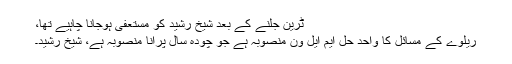
ٹرین جلنے کے بعد شیخ رشید کو مستعفی ہوجانا چاہیے تھا،
ریلوے کے مسائل کا واحد حل ایم ایل ون منصوبہ ہے جو چودہ سال پرانا منصوبہ ہے، شیخ رشید۔